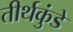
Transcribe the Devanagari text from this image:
तीर्थकुंडे